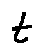
t